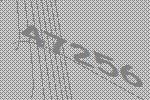
47256